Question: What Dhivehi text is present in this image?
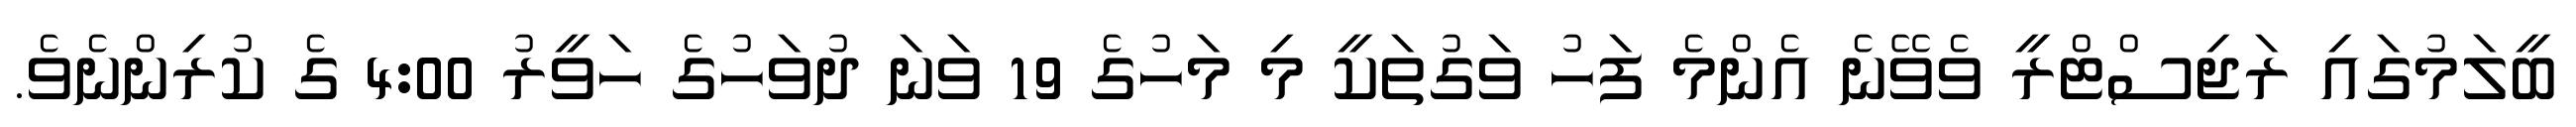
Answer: ބީލަމުގައި ރަޖިސްޓްރީ ވެވޭނެ އެންމެ ފަހު ވަގުތަކީ މި މަހުގެ 19 ވަނަ ދުވަހުގެ ހަވީރު 4:00 ގެ ކުރިންނެވެ.